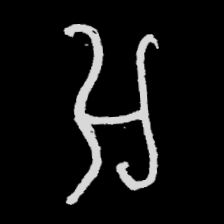
Pyu character \u2014 Myanmar letter: အ (romanized: a)